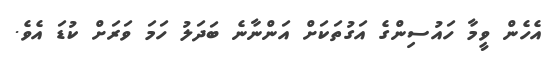
އެހެން ވީމާ ހައުސިންގެ އަގުތަކަށް އަންނާނެ ބަދަލު ހަމަ ވަރަށް ކުޑަ އެވެ.